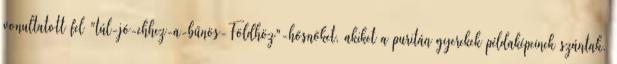
vonultatott fel "túl-jó-ehhez-a-bűnös-Földhöz"-hősnőket, akiket a puritán gyerekek példaképeinek szántak.